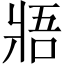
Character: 𤕻